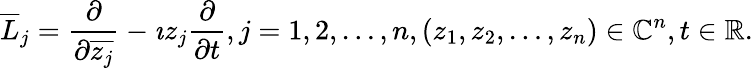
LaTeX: {\overline{{L}}}_{j}={\frac{\partial}{\partial{\overline{{z_{j}}}}}}-\imath z_{j}{\frac{\partial}{\partial t}},j=1,2,\ldots,n,(z_{1},z_{2},\ldots,z_{n})\in\mathbb{C}^{n},t\in\mathbb{R}.